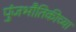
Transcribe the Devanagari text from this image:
पुंजभौतिकीच्या